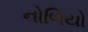
નોળિયો